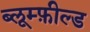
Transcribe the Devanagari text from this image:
ब्लूम्फ़ील्ड